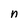
Character: n